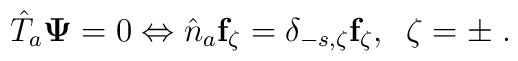
\hat{T}_a{\bf \Psi}=0\Leftrightarrow\hat{n}_{a}{\bf f}_{\zeta}=\delta _{-s,\zeta}{\bf f}_{\zeta}, \;\;\zeta=\pm\;.